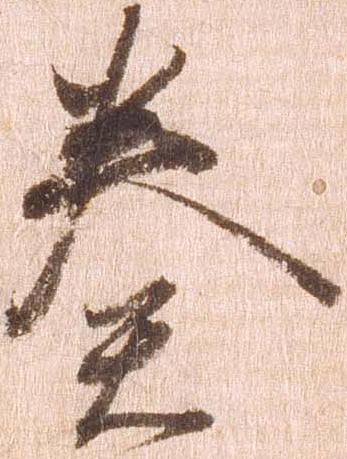
奏